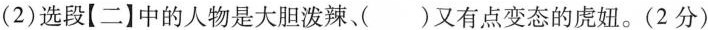
(2)选段【二】中的人物是大胆泼辣、( )又有点变态的虎妞。(2分)